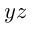
y z